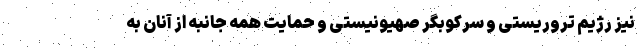
نیز رژیم تروریستی و سرکوبگر صهیونیستی و حمایت همه جانبه از آنان به